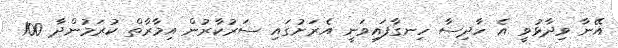
އޭނާ ވިދާޅުވީ އެ ހާދިސާ ހިނގާފައިވަނީ އެރަށުގައި ސަރުކާރުން އިމާރާތް ކުރަމުންދާ 100